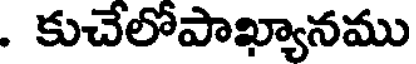
. కుచేలోపాఖ్యానము